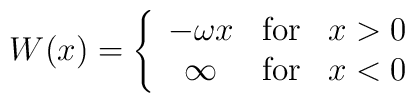
W(x) = \left\{\begin{array}{cll}              -\omega x & {\rm for} & x>0\\              \infty & {\rm for} & x<0              \end{array}\right.